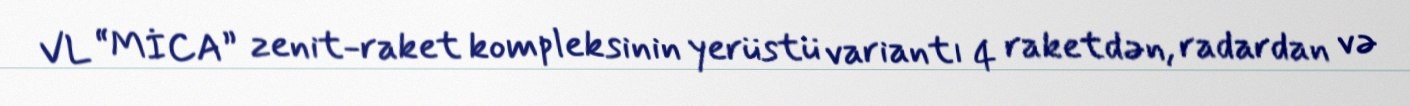
VL “MİCA” zenit-raket kompleksinin yerüstü variantı 4 raketdən, radardan və